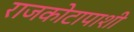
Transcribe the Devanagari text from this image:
राजकोटापाशी